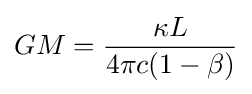
GM={\frac {\kappa L}{4\pi c(1-\beta )}}